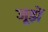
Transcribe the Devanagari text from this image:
जूझें